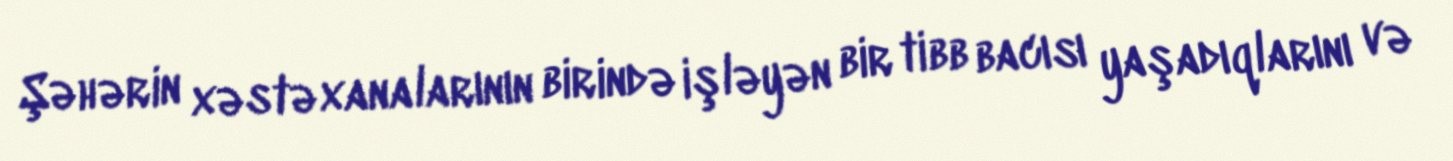
Şəhərin xəstəxanalarının birində işləyən bir tibb bacısı yaşadıqlarını və